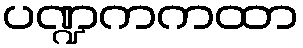
ပဏ္ဍကကထာ